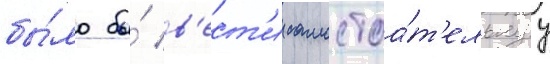
бы́ло бы́ в'ест'и самостоа́т'ельнуу